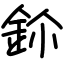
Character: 鉩